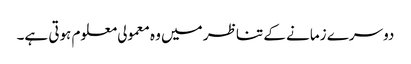
دوسرے زمانے کے تناظر میں وہ معمولی معلوم ہوتی ہے۔